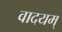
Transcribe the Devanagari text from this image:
वादयम्